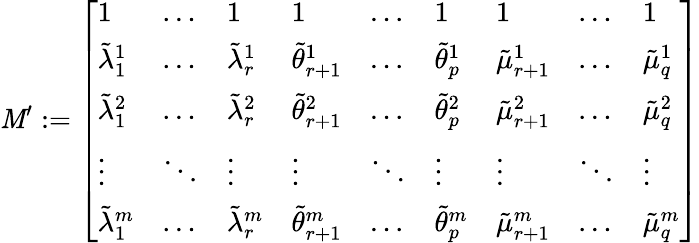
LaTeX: \mathit{M}^{\prime}:=\left[\begin{array}{lllllllll}{1}&{\dots}&{1}&{1}&{\dots}&{1}&{1}&{\dots}&{1}\\ {\tilde{\lambda}_{1}^{1}}&{\dots}&{\tilde{\lambda}_{r}^{1}}&{\tilde{\theta}_{r+1}^{1}}&{\dots}&{\tilde{\theta}_{p}^{1}}&{\tilde{\mu}_{r+1}^{1}}&{\dots}&{\tilde{\mu}_{q}^{1}}\\ {\tilde{\lambda}_{1}^{2}}&{\dots}&{\tilde{\lambda}_{r}^{2}}&{\tilde{\theta}_{r+1}^{2}}&{\dots}&{\tilde{\theta}_{p}^{2}}&{\tilde{\mu}_{r+1}^{2}}&{\dots}&{\tilde{\mu}_{q}^{2}}\\ {\vdots}&{\ddots}&{\vdots}&{\vdots}&{\ddots}&{\vdots}&{\vdots}&{\ddots}&{\vdots}\\ {\tilde{\lambda}_{1}^{m}}&{\dots}&{\tilde{\lambda}_{r}^{m}}&{\tilde{\theta}_{r+1}^{m}}&{\dots}&{\tilde{\theta}_{p}^{m}}&{\tilde{\mu}_{r+1}^{m}}&{\dots}&{\tilde{\mu}_{q}^{m}}\end{array}\right]